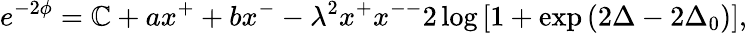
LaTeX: e^{-2\phi}=\mathbb{C}+ax^{+}+bx^{-}-\lambda^{2}x^{+}x^{--}2\log{[1+\exp{(2\Delta-2\Delta_{0})}]},